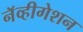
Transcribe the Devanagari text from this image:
नॅव्हीगेशन